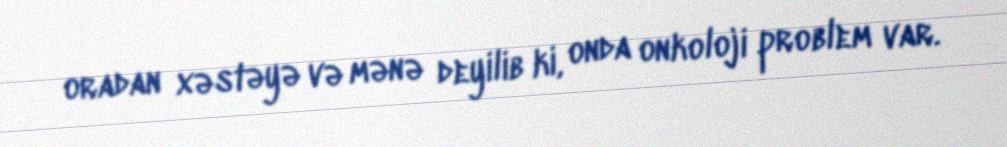
oradan xəstəyə və mənə deyilib ki, onda onkoloji problem var.